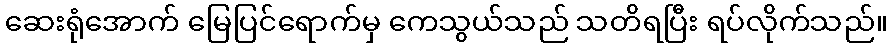
ဆေးရုံအောက် မြေပြင်ရောက်မှ ကေသွယ်သည် သတိရပြီး ရပ်လိုက်သည်။